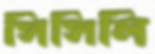
সিসিলি